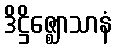
ဒိဋ္ဌိဇ္ဈောသာနံ